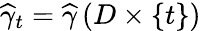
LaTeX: \widehat{\gamma}_{t}=\widehat{\gamma}\left(D\times\{ t\} \right)